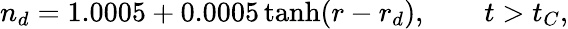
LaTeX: n_{d}=1.0005+0.0005\operatorname{tanh}(r-r_{d}),\qquad t>t_{C},